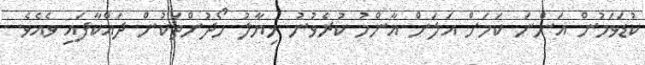
ކުޑަވަމުން އަންނަ ކަމަށް އަލަށް އާންމު ކުރެވުނު ޚިޔާލު ހޯދުންތަކުން ދައްކާފައި ވެއެވެ.